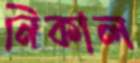
নিকাল